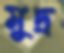
মুদ্র